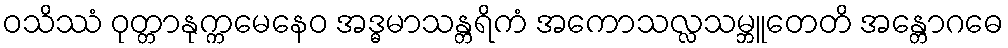
ဝသိဿံ ဝုတ္တာနုက္ကမေနေဝ အဒ္ဓမာသန္တရိကံ အကောသလ္လသမ္ဘူတေတိ အန္တောဂဓေ